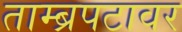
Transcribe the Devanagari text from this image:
ताम्ब्रपटावर